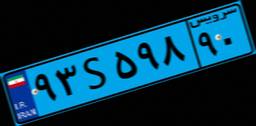
۹۳S۵۹۸۹۰